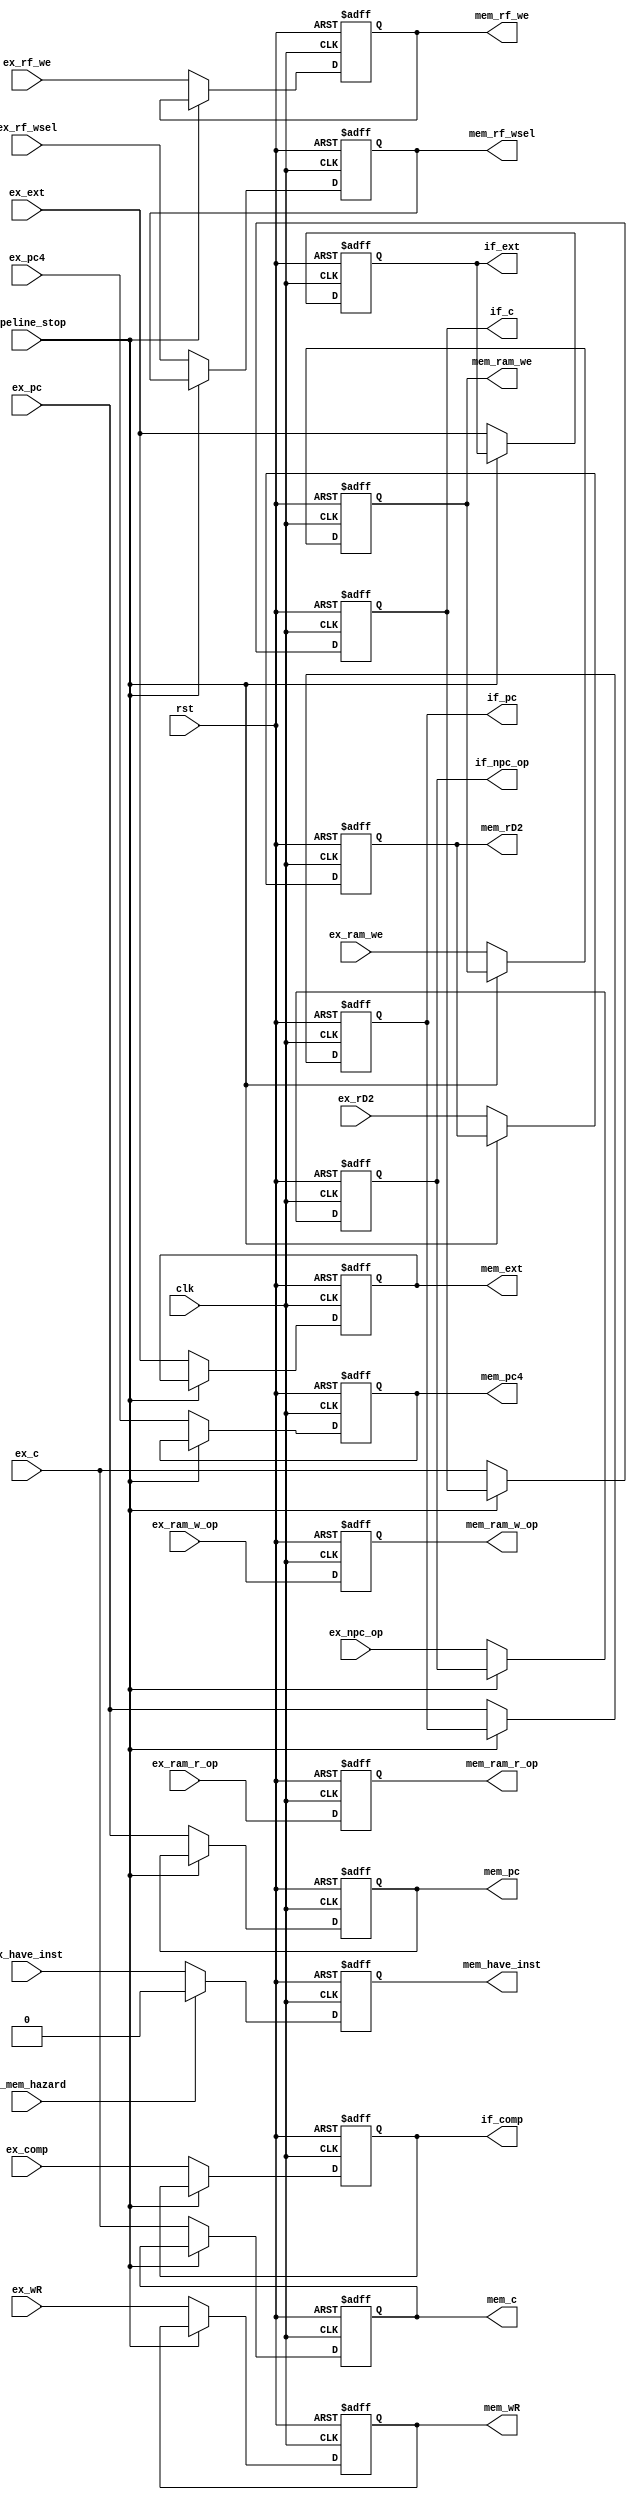
module EX_MEM (
    input  wire        clk,
    input  wire        rst,
    input  wire        pipeline_stop,
    input  wire        id_mem_hazard,
    input  wire        ex_have_inst,
    input  wire [31:0] ex_pc,
    input  wire [31:0] ex_c,
    input  wire        ex_comp,
    input  wire [31:0] ex_ext,
    input  wire [31:0] ex_pc4,
    input  wire [31:0] ex_rD2,
    input  wire [ 1:0] ex_npc_op,
    input  wire        ex_ram_we,
    input  wire [ 2:0] ex_ram_r_op,
    input  wire [ 1:0] ex_ram_w_op,
    input  wire        ex_rf_we,
    input  wire [ 1:0] ex_rf_wsel,
    input  wire [ 4:0] ex_wR,
    output reg         mem_have_inst,
    output reg  [31:0] mem_pc,
    output reg  [31:0] mem_c,
    output reg  [31:0] mem_ext,
    output reg  [31:0] mem_pc4,
    output reg  [31:0] mem_rD2,
    output reg         mem_ram_we,
    output reg  [ 2:0] mem_ram_r_op,
    output reg  [ 1:0] mem_ram_w_op,
    output reg         mem_rf_we,
    output reg  [ 1:0] mem_rf_wsel,
    output reg  [ 4:0] mem_wR,
    output reg  [31:0] if_pc,
    output reg  [31:0] if_c,
    output reg         if_comp,
    output reg  [31:0] if_ext,
    output reg  [ 1:0] if_npc_op
);

  always @(posedge clk or posedge rst) begin
    if (rst) mem_have_inst <= 1'd0;
    else if (id_mem_hazard) mem_have_inst <= 1'd0;
    else mem_have_inst <= ex_have_inst;
  end

  always @(posedge clk or posedge rst) begin
    if (rst) mem_c <= 32'd0;
    else if (pipeline_stop) mem_c <= mem_c;
    else mem_c <= ex_c;
  end

  always @(posedge clk or posedge rst) begin
    if (rst) mem_ext <= 32'd0;
    else if (pipeline_stop) mem_ext <= mem_ext;
    else mem_ext <= ex_ext;
  end

  always @(posedge clk or posedge rst) begin
    if (rst) mem_pc <= 32'd0;
    else if (pipeline_stop) mem_pc <= mem_pc;
    else mem_pc <= ex_pc;
  end

  always @(posedge clk or posedge rst) begin
    if (rst) mem_pc4 <= 32'd0;
    else if (pipeline_stop) mem_pc4 <= mem_pc4;
    else mem_pc4 <= ex_pc4;
  end

  always @(posedge clk or posedge rst) begin
    if (rst) mem_rD2 <= 32'd0;
    else if (pipeline_stop) mem_rD2 <= mem_rD2;
    else mem_rD2 <= ex_rD2;
  end

  always @(posedge clk or posedge rst) begin
    if (rst) mem_ram_we <= 1'd0;
    else if (pipeline_stop) mem_ram_we <= mem_ram_we;
    else mem_ram_we <= ex_ram_we;
  end

  always @(posedge clk or posedge rst) begin
    if (rst) mem_ram_r_op <= 1'd0;
    else if (pipeline_stop) mem_ram_r_op <= ex_ram_r_op;
    else mem_ram_r_op <= ex_ram_r_op;
  end

  always @(posedge clk or posedge rst) begin
    if (rst) mem_ram_w_op <= 1'd0;
    else if (pipeline_stop) mem_ram_w_op <= ex_ram_w_op;
    else mem_ram_w_op <= ex_ram_w_op;
  end

  always @(posedge clk or posedge rst) begin
    if (rst) mem_rf_we <= 1'd0;
    else if (pipeline_stop) mem_rf_we <= mem_rf_we;
    else mem_rf_we <= ex_rf_we;
  end

  always @(posedge clk or posedge rst) begin
    if (rst) mem_rf_wsel <= 2'd0;
    else if (pipeline_stop) mem_rf_wsel <= mem_rf_wsel;
    else mem_rf_wsel <= ex_rf_wsel;
  end

  always @(posedge clk or posedge rst) begin
    if (rst) mem_wR <= 5'd0;
    else if (pipeline_stop) mem_wR <= mem_wR;
    else mem_wR <= ex_wR;
  end

  always @(posedge clk or posedge rst) begin
    if (rst) if_pc <= 32'd0;
    else if (pipeline_stop) if_pc <= if_pc;
    else if_pc <= ex_pc;
  end

  always @(posedge clk or posedge rst) begin
    if (rst) if_c <= 32'd0;
    else if (pipeline_stop) if_c <= if_c;
    else if_c <= ex_c;
  end

  always @(posedge clk or posedge rst) begin
    if (rst) if_comp <= 1'd0;
    else if (pipeline_stop) if_comp <= if_comp;
    else if_comp <= ex_comp;
  end

  always @(posedge clk or posedge rst) begin
    if (rst) if_ext <= 32'd0;
    else if (pipeline_stop) if_ext <= if_ext;
    else if_ext <= ex_ext;
  end

  always @(posedge clk or posedge rst) begin
    if (rst) if_npc_op <= 2'd0;
    else if (pipeline_stop) if_npc_op <= if_npc_op;
    else if_npc_op <= ex_npc_op;
  end


endmodule